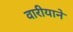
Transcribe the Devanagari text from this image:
वारीयाने